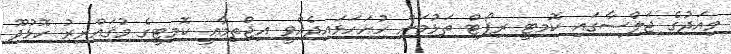
މިއަދުގެ ޖަލްސާގައި ކޮމިޓީ ރިޕޯޓް ތަޅުމަށް ހުށަހަޅައިދެއްވީ އިޖްތިމާޢީ ކޮމިޓީގެ މުޤައްރިރު ހޮޅުދޫ